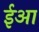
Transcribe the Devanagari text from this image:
ईआ